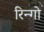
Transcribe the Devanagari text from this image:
रिन्गो